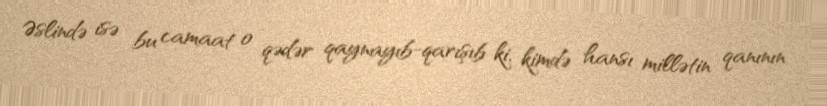
Əslində isə bu camaat o qədər qaynayıb-qarışıb ki, kimdə hansı millətin qanının